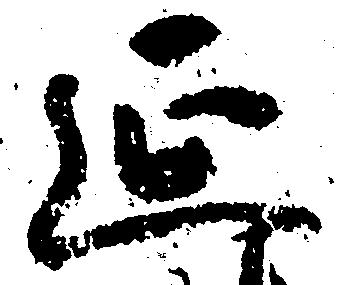
延